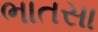
ભાતસા